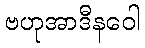
ဗဟုအာဒီနဝေါ